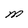
Character: M